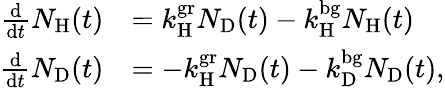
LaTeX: \begin{array}{rl}{\frac{\mathrm{d}}{\mathrm{d}t}N_{\mathrm{H}}(t)}&{=k_{\mathrm{H}}^{\mathrm{gr}}N_{\mathrm{D}}(t)-k_{\mathrm{H}}^{\mathrm{bg}}N_{\mathrm{H}}(t)}\\ {\frac{\mathrm{d}}{\mathrm{d}t}N_{\mathrm{D}}(t)}&{=-k_{\mathrm{H}}^{\mathrm{gr}}N_{\mathrm{D}}(t)-k_{\mathrm{D}}^{\mathrm{bg}}N_{\mathrm{D}}(t),}\end{array}